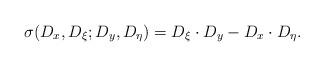
LaTeX: \begin{align*}\sigma(D_x,D_\xi; D_y,D_\eta)=D_\xi\cdot D_y-D_x\cdot D_\eta.\end{align*}